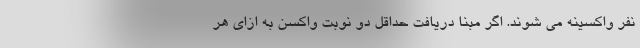
نفر واکسینه می شوند. اگر مبنا دریافت حداقل دو نوبت واکسن به ازای هر